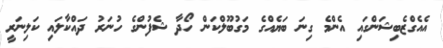
އެއެގްޒެބިޝަންގައި އެންމެ ގިނަ ބަޔެއްގެ މަގުބޫލްކަން ހޯދާ ޝެފުންގެ ހުނަރު ދައްކާލައި ކަލިނަރީ